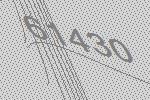
61430